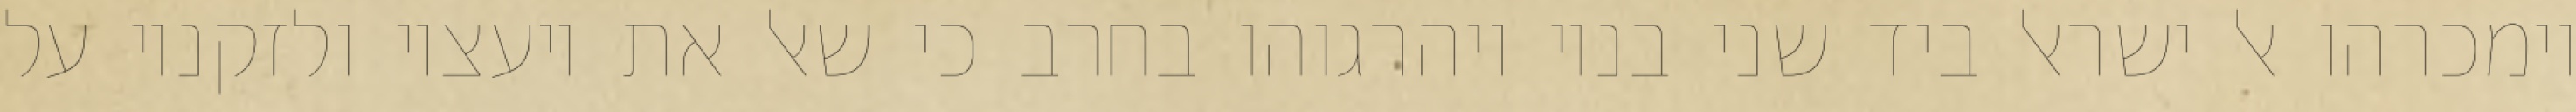
וימכרהו אל ישראל ביד שני בניו ויהרגוהו בחרב כי שאל את יועציו ולזקניו על